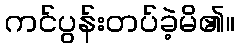
ကင်ပွန်းတပ်ခဲ့မိ၏။